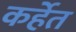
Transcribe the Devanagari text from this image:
कर्हेत